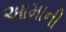
આમાની